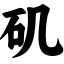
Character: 矶